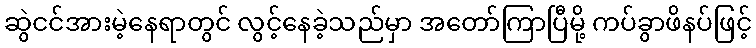
ဆွဲငင်အားမဲ့နေရာတွင် လွင့်နေခဲ့သည်မှာ အတော်ကြာပြီမို့ ကပ်ခွာဖိနပ်ဖြင့်